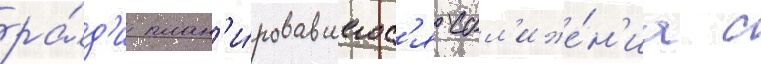
ра́д'и план'и́ровавшегос'я сбл'иже́н'иа с